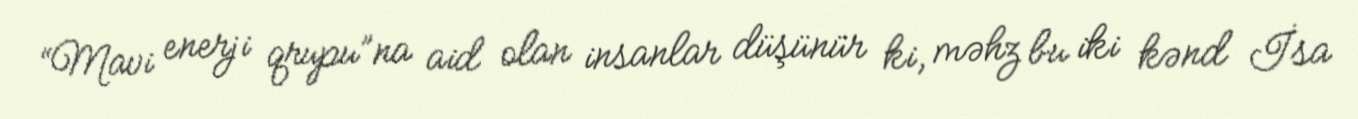
“Mavi enerji qrupu”na aid olan insanlar düşünür ki, məhz bu iki kənd İsa